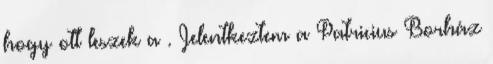
hogy ott leszek a . Jelentkeztem a Patricius Borház